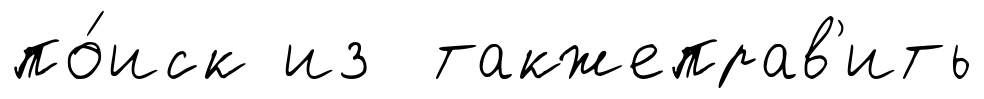
по́иск из такжеправ'ить